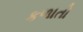
કળાતો